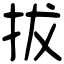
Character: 拔